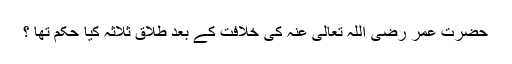
حضرت عمر رضی اللہ تعالی عنہ کی خلافت کے بعد طلاق ثلاثہ کیا حکم تھا ؟